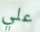
علي